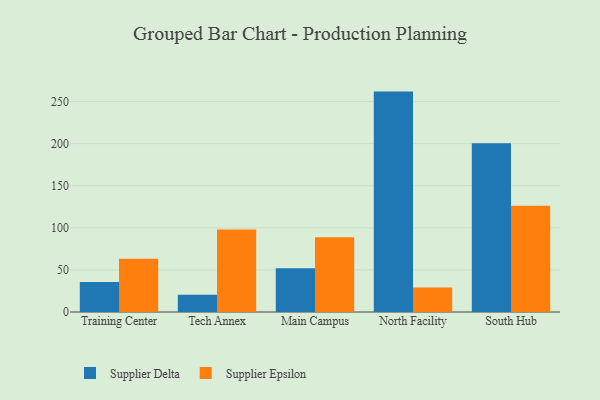
{"axis": {"x": "Campus", "y": "Backlog"}, "legend": ["Supplier Delta", "Supplier Epsilon"], "data": [{"x": "Training Center", "y": 35.6, "type": "Supplier Delta"}, {"x": "Training Center", "y": 63.3, "type": "Supplier Epsilon"}, {"x": "Tech Annex", "y": 20.4, "type": "Supplier Delta"}, {"x": "Tech Annex", "y": 98.0, "type": "Supplier Epsilon"}, {"x": "Main Campus", "y": 52.0, "type": "Supplier Delta"}, {"x": "Main Campus", "y": 88.7, "type": "Supplier Epsilon"}, {"x": "North Facility", "y": 261.8, "type": "Supplier Delta"}, {"x": "North Facility", "y": 29.0, "type": "Supplier Epsilon"}, {"x": "South Hub", "y": 200.3, "type": "Supplier Delta"}, {"x": "South Hub", "y": 126.2, "type": "Supplier Epsilon"}]}